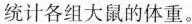
统计各组大鼠的体重。